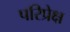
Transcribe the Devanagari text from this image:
परिप्रेक्ष